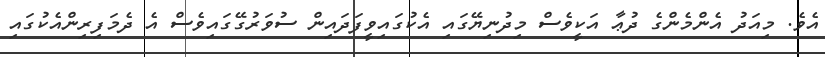
އެވެ. މިއަދު އެންމެންގެ ދުޢާ އަކީވެސް މިދުނިޔޭގައި އެކުގައިވީފަދައިން ސުވަރުގޭގައިވެސް އެ ދެމަފިރިންއެކުގައި